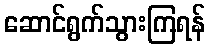
ဆောင်ရွက်သွားကြရန်